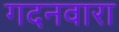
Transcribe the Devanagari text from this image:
गदनवारा